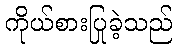
ကိုယ်စားပြုခဲ့သည်